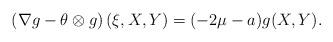
LaTeX: \begin{align*}\left(\nabla g -\theta \otimes g\right)(\xi,X,Y)=(-2\mu - a) g(X,Y).\end{align*}